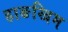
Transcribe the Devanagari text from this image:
हाङखिम